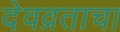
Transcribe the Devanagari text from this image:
देवव्रताचा